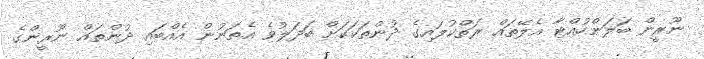
ނޫރީން ބަލަންހުއްޓާ އެލޭތައް ރަތްކުލައިގެ ދުންތަކަކަށް ބަދަލުވެ އެތަނުން އެއްބައި ދުންތައް ނޫރީންގެ